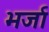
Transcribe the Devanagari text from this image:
भर्जा